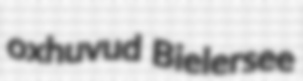
oxhuvud Bielersee